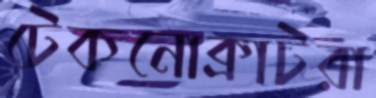
টেকনোক্রাটরা